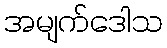
အမျက်ဒေါသ